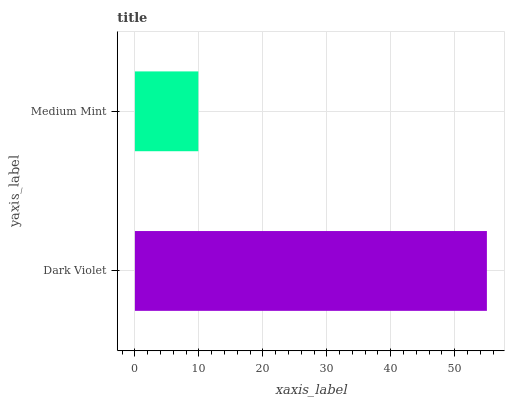
| yaxis_label | bars |
 | --- | --- |
 | Dark Violet | 55 |
 | Medium Mint | 9.91 |